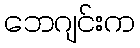
ဘေဂျင်းက